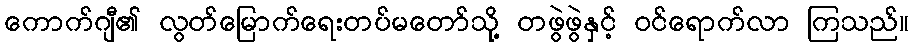
ကောက်ဂျီ၏ လွတ်မြောက်ရေးတပ်မတော်သို့ တဖွဲဖွဲနှင့် ဝင်ရောက်လာ ကြသည်။